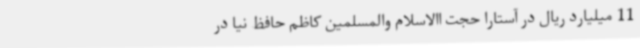
11 میلیارد ریال در آستارا حجت االاسلام والمسلمین کاظم حافظ نیا در